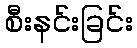
စီးနင်းခြင်း